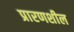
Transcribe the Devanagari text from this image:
प्रारणशील